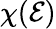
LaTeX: \chi(\mathcal{E})